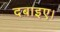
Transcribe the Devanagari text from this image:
दबाइए।